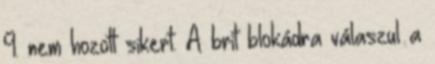
9. nem hozott sikert. A brit blokádra válaszul a